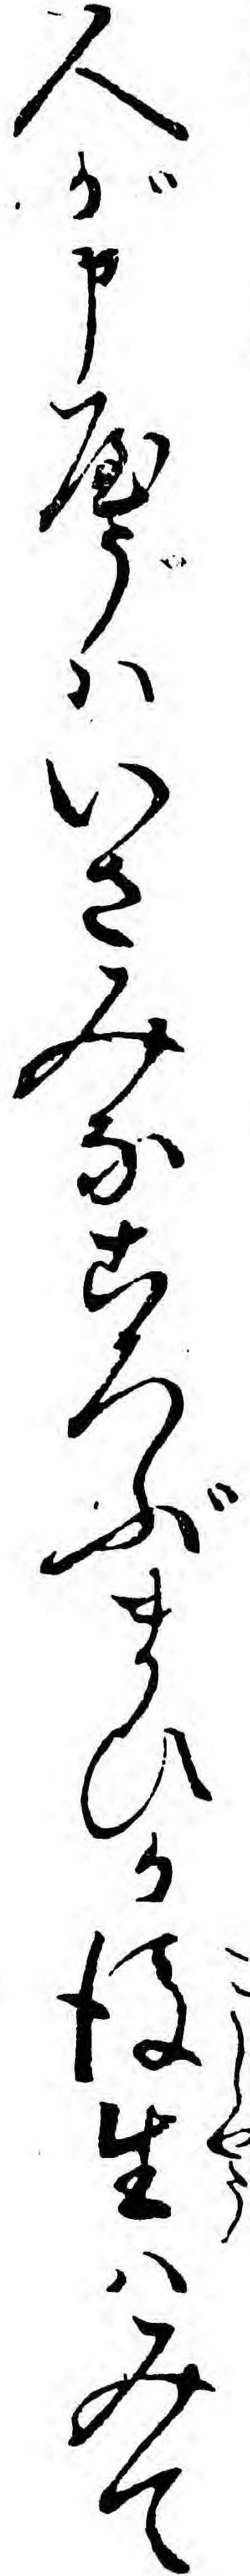
人が申やうハいさみなころぶまひか後生ハみて